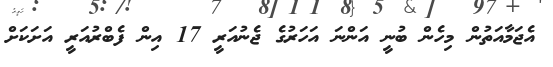
އެޖަމާއަތުން މިހެން ބުނީ އަންނަ އަހަރުގެ ޖެނުއަރީ 17 އިން ފެބްރުއަރީ އަށަކަށް